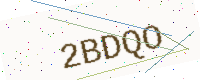
Text: 2BDQO